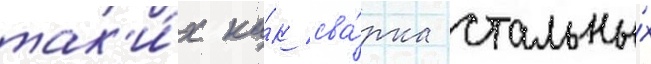
так'и́х ка́к сва́рка стальны́х